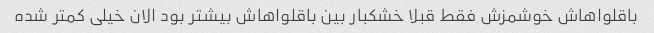
باقلواهاش خوشمزش فقط قبلا خشکبار بین باقلواهاش بیشتر بود الان خیلی کمتر شده